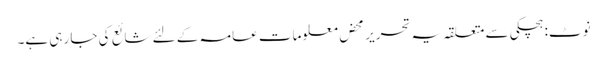
نوٹ: ہچکی سے متعلقہ یہ تحریر محض معلومات عامہ کے لئے شائع کی جا رہی ہے۔